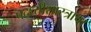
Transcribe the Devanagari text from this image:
पद्ध्तीशास्त्राचा